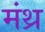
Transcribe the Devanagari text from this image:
मंथ्र